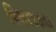
વિભાજકતા